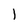
Character: l